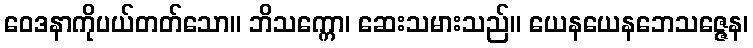
ဝေဒနာကိုပယ်တတ်သော။ ဘိသက္ကော၊ ဆေးသမားသည်။ ယေနယေနဘေသဇ္ဇေန၊